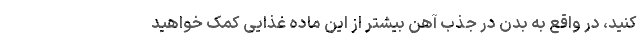
کنید، در واقع به بدن در جذب آهن بیشتر از این ماده غذایی کمک خواهید